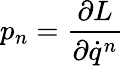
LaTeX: p_{n}=\frac{\partial L}{\partial\dot{q}^{n}}